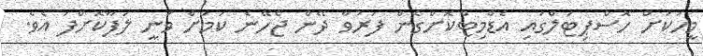
މީހަކަށް ހޮސްޕިޓަލްގައި އެޑްމިޓްކޮށްގެން ފަރުވާ ދޭން ޖެހޭނެ ކަމަށް ވަނީ ލަފާކޮށްފަ އެވެ.